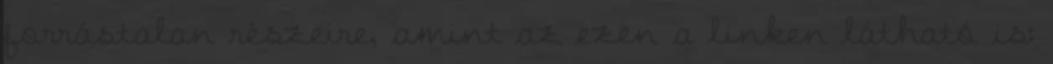
forrástalan részeire, amint az ezen a linken látható is: